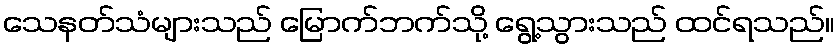
သေနတ်သံများသည် မြောက်ဘက်သို့ ရွေ့သွားသည် ထင်ရသည်။